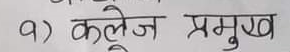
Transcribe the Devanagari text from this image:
१) कलेज प्रमुख